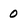
Character: 0